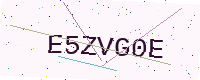
Text: E5ZVG0E